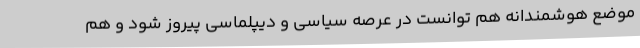
موضع هوشمندانه هم توانست در عرصه سیاسی و دیپلماسی پیروز شود و هم